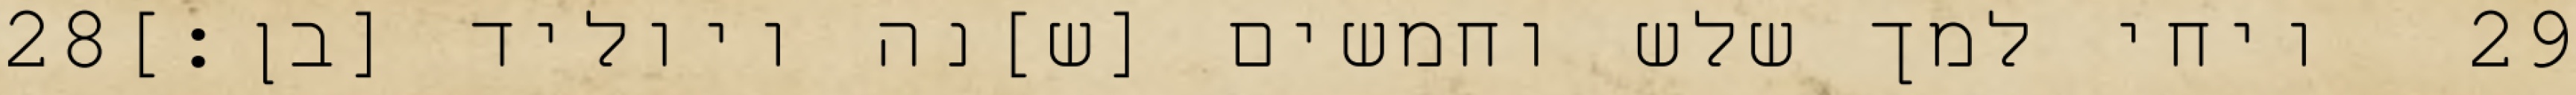
‎28‏ ויחי למך שלש וחמשים [ש]נה ויוליד [בן׃] ‎29‏